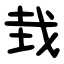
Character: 㦳